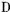
D